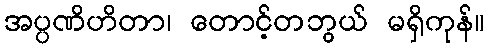
အပ္ပဏိဟိတာ၊ တောင့်တဘွယ် မရှိကုန်။